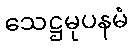
သေဋ္ဌမုပနမံ